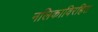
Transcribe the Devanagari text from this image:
नलिकाविरहित